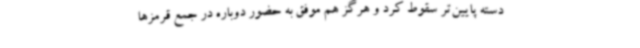
دسته پایین‌تر سقوط کرد و هرگز هم موفق به حضور دوباره در جمع قرمزها